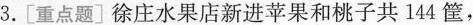
3. [重点题]徐庄水果店新进苹果和桃子共144筐，